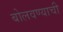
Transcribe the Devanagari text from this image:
बोलवण्याची